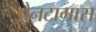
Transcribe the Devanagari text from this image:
पैनटागास